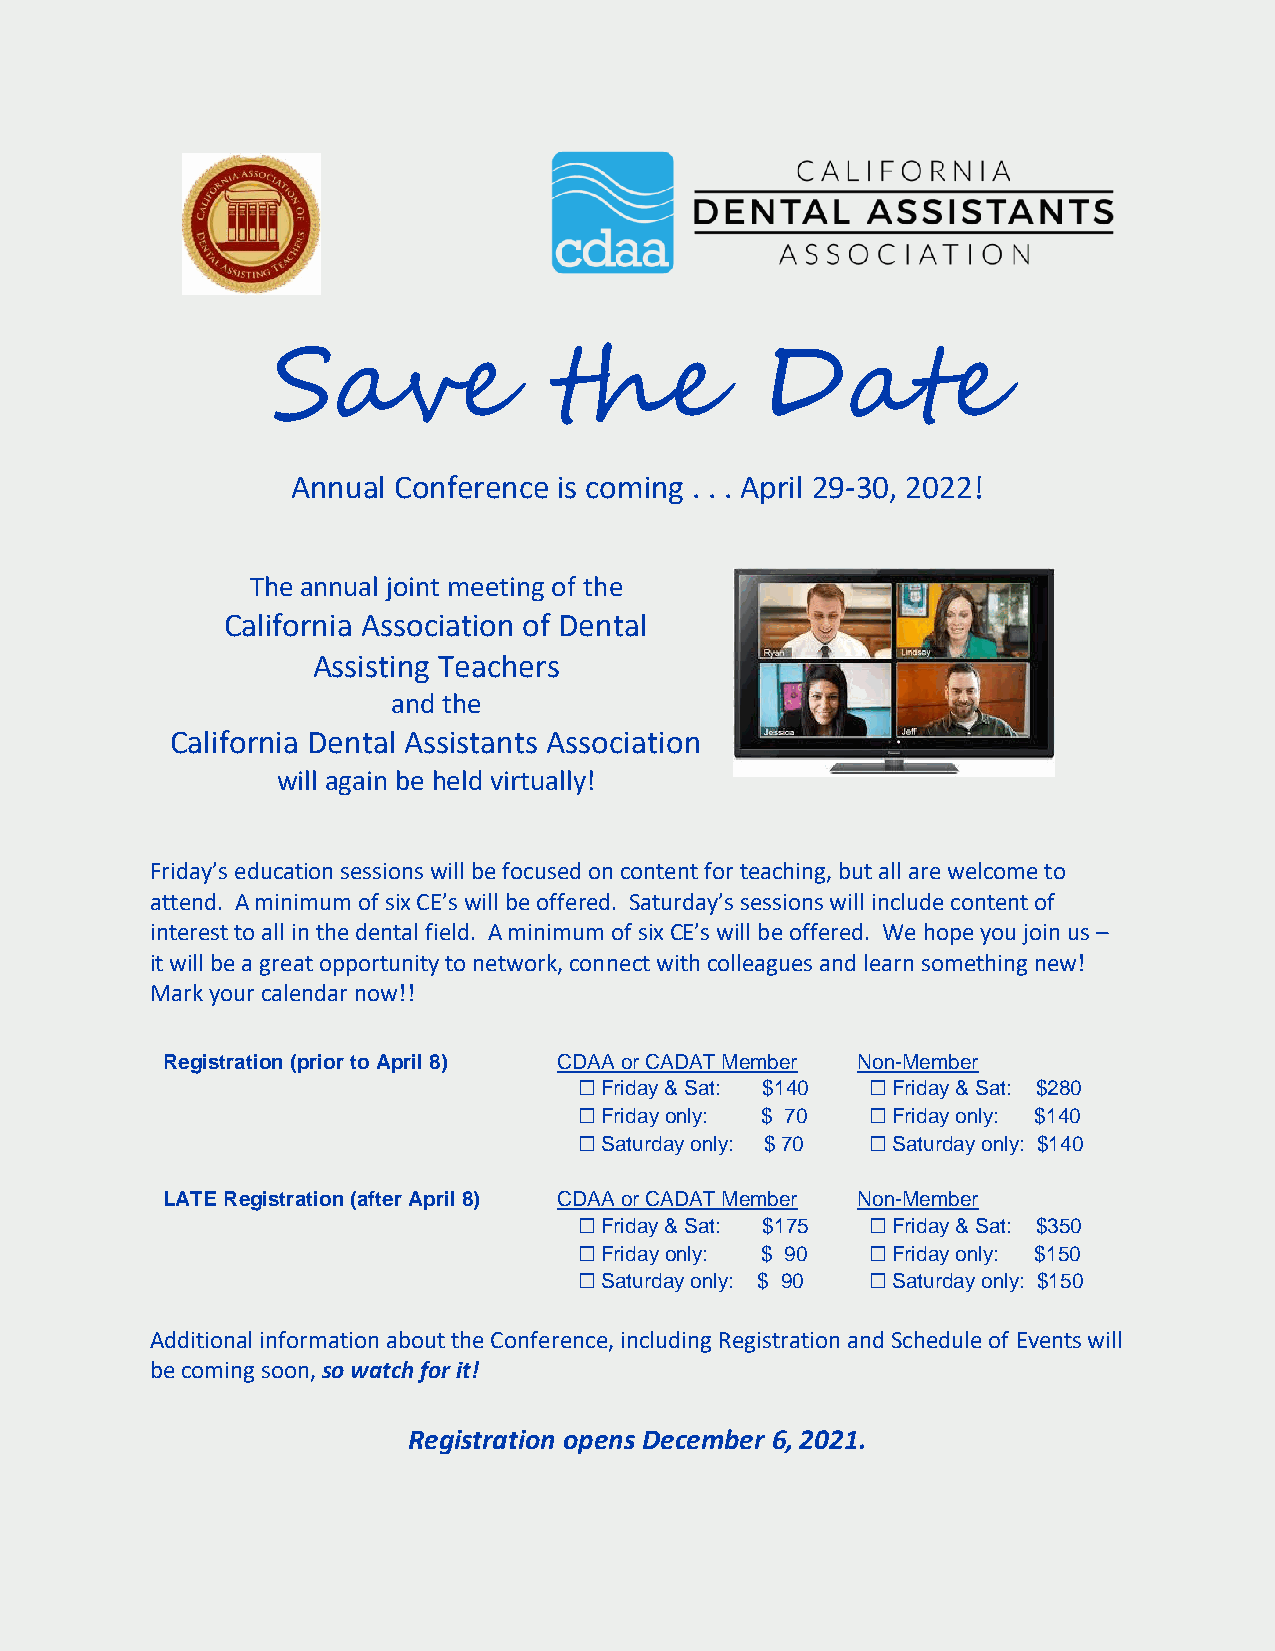
Save              the           Date
 Annual Conference is coming . . . April 29-30, 2022!
 The annual joint meeting of the
 California Association of Dental
 Assisting Teachers
 and the
 California Dental Assistants Association
 will again be held virtually!
 Friday’s education sessions will be focused on content for teaching, but all are welcome to
 attend. A minimum of six CE’s will be offered. Saturday’s sessions will include content of
 interest to all in the dental field. A minimum of six CE’s will be offered. We hope you join us –
 it will be a great opportunity to network, connect with colleagues and learn something new!
 Mark your calendar now!!
 Registration (prior to April 8) CDAA or CADAT Member Non-Member
 ☐ Friday & Sat: $140 ☐ Friday & Sat: $280
 ☐ Friday only: $ 70 ☐ Friday only: $140
 ☐ Saturday only: $ 70 ☐ Saturday only: $140
 LATE Registration (after April 8) CDAA or CADAT Member Non-Member
 ☐ Friday & Sat: $175 ☐ Friday & Sat: $350
 ☐ Friday only: $ 90 ☐ Friday only: $150
 ☐ Saturday only: $ 90 ☐ Saturday only: $150
 Additional information about the Conference, including Registration and Schedule of Events will
 be coming soon, so watch for it!
 Registration opens December 6, 2021.